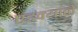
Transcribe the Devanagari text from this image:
एडक्याने